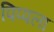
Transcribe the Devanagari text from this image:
पिप्पला